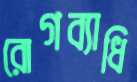
রোগব্যাধি